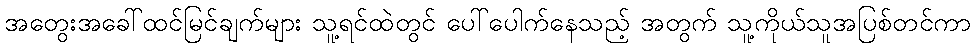
အတွေးအခေါ်ထင်မြင်ချက်များ သူ့ရင်ထဲတွင် ပေါ်ပေါက်နေသည့် အတွက် သူ့ကိုယ်သူအပြစ်တင်ကာ